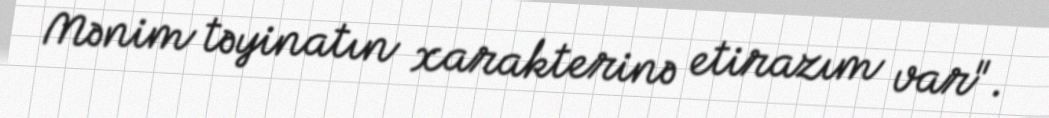
Mənim təyinatın xarakterinə etirazım var".